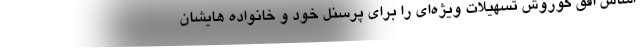
اساس افق کوروش تسهیلات ویژه‌ای را برای پرسنل خود و خانواده هایشان